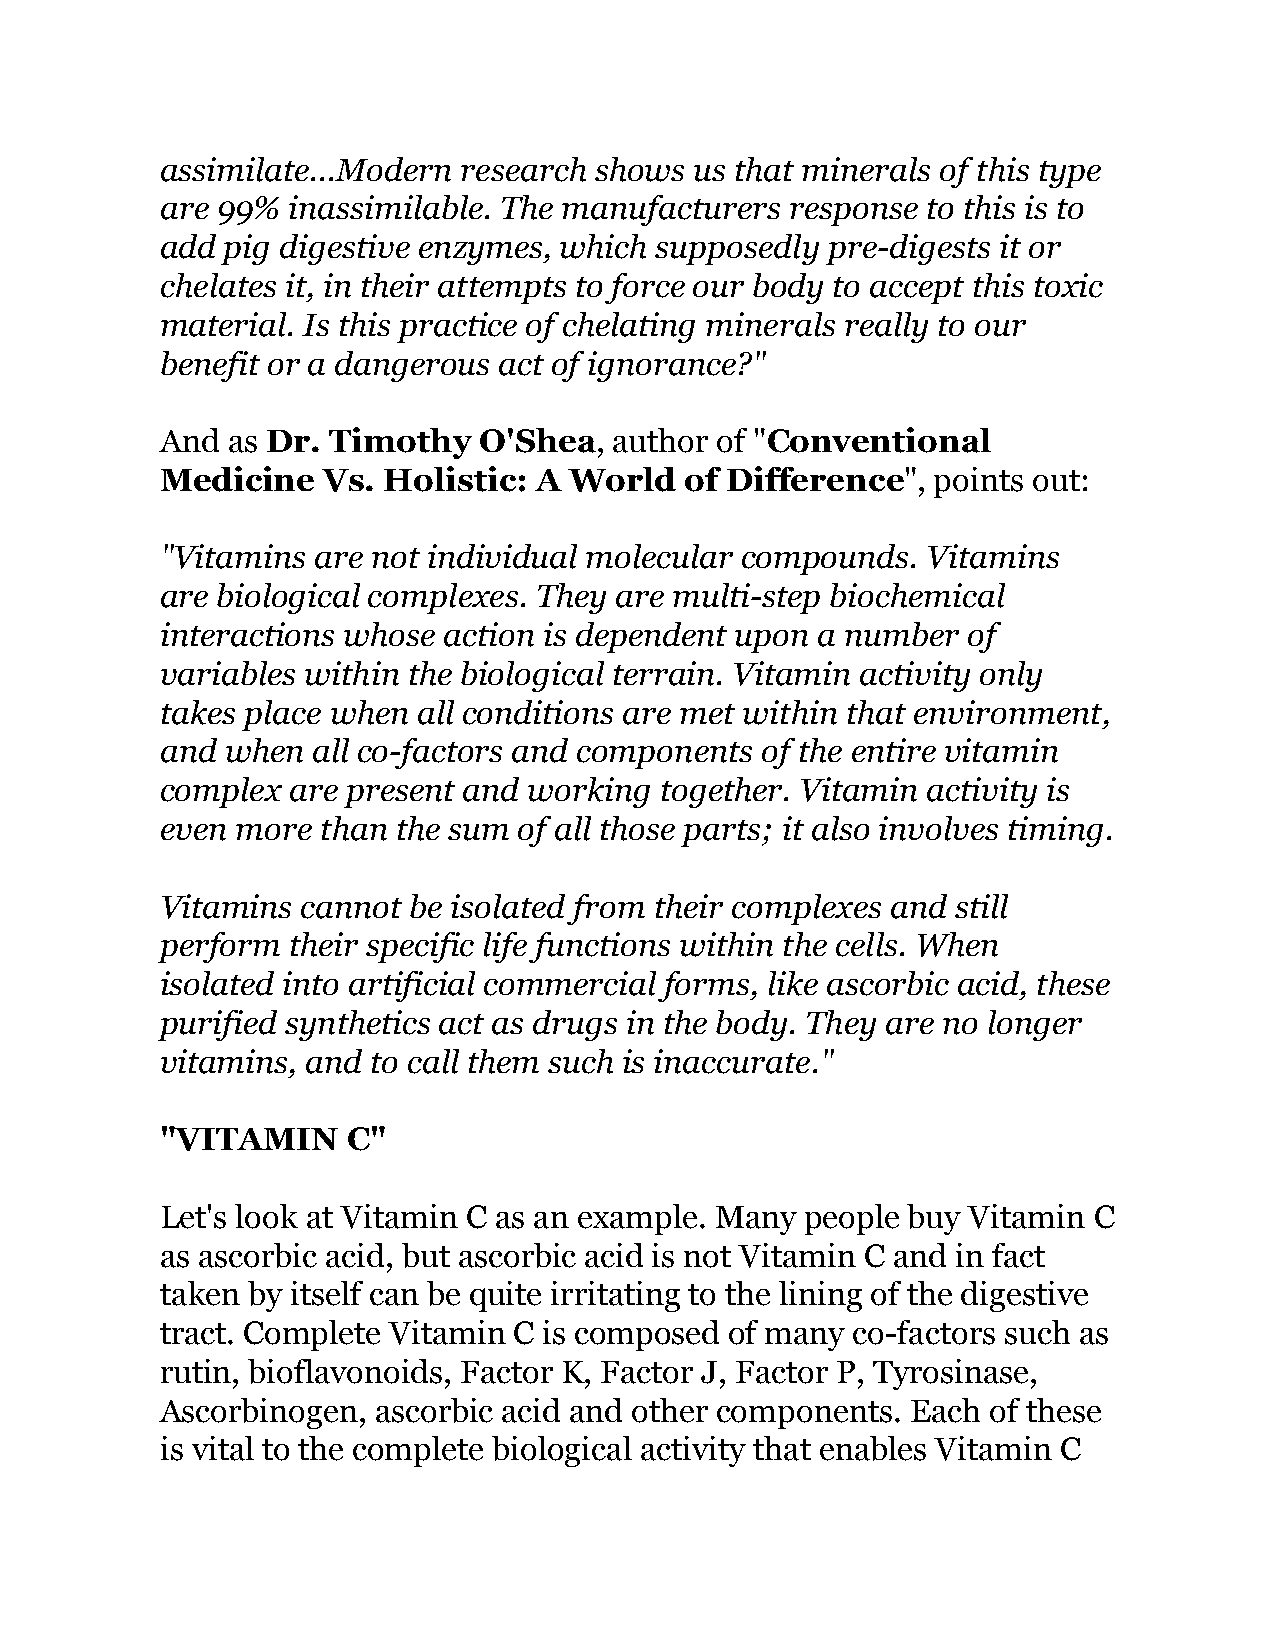
assimilate...Modern research shows us that minerals of this type
 are 99% inassimilable. The manufacturers response to this is to
 add pig digestive enzymes, which supposedly pre-digests it or
 chelates it, in their attempts to force our body to accept this toxic
 material. Is this practice of chelating minerals really to our
 benefit or a dangerous act of ignorance?"
 And as Dr. Timothy   O'Shea,  author of "Conventional
 Medicine  Vs. Holistic:  A World  of Difference",  points out:
 "Vitamins are not individual molecular compounds. Vitamins
 are biological complexes. They are multi-step biochemical
 interactions whose action is dependent upon a number of
 variables within the biological terrain. Vitamin activity only
 takes place when all conditions are met within that environment,
 and when  all co-factors and components of the entire vitamin
 complex are present and working  together. Vitamin activity is
 even more than the sum of all those parts; it also involves timing.
 Vitamins cannot be isolated from their complexes and still
 perform their specific life functions within the cells. When
 isolated into artificial commercial forms, like ascorbic acid, these
 purified synthetics act as drugs in the body. They are no longer
 vitamins, and to call them such is inaccurate."
 "VITAMIN    C"
 Let's look at Vitamin C as an example. Many people buy Vitamin C
 as ascorbic acid, but ascorbic acid is not Vitamin C and in fact
 taken by itself can be quite irritating to the lining of the digestive
 tract. Complete Vitamin C is composed of many co-factors such as
 rutin, bioflavonoids, Factor K, Factor J, Factor P, Tyrosinase,
 Ascorbinogen, ascorbic acid and other components. Each of these
 is vital to the complete biological activity that enables Vitamin C